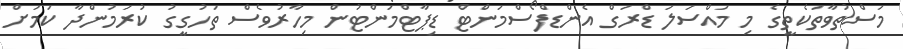
މަސްތުވާތަކެތީގެ މި މައްސަލަ ޑްރަގް އެންޑްފޯސްމަންޓް ޑިޕާޓްމަންޓުން މިހާރުވެސް ތަހުގީގު ކުރަމުންދާ ކަމަށް